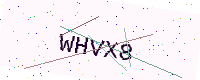
Text: WHVX8